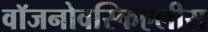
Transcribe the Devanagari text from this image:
वॉजनोवस्किएलीस